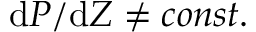
\mathrm { d } P / \mathrm { d } Z \ne c o n s t .